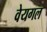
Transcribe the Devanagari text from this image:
वेयगल